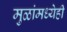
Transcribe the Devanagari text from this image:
मुळांमध्येही